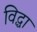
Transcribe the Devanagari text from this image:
विद्धा